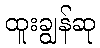
ထူးချွန်ဆု